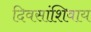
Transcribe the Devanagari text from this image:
दिवसांशिवाय